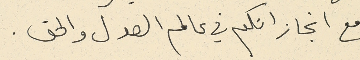
مع انجازاتكم في عالم العدل والحق.